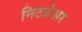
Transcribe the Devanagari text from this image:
निटवेअर